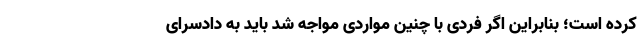
کرده است؛ بنابراین اگر فردی با چنین مواردی مواجه شد باید به دادسرای